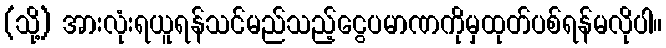
(သို့) အားလုံးရယူရန်သင်မည်သည့်ငွေပမာဏကိုမှထုတ်ပစ်ရန်မလိုပါ။